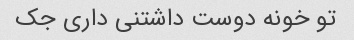
تو خونه دوست داشتنی داری جک